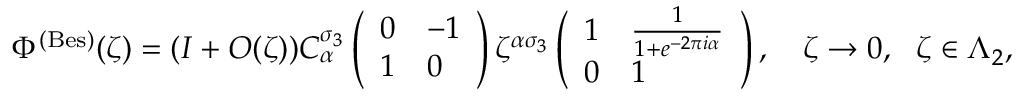
\Phi ^ { \mathrm { ( B e s ) } } ( \zeta ) = ( I + O ( \zeta ) ) C _ { \alpha } ^ { \sigma _ { 3 } } \left( \begin{array} { l l } { 0 } & { - 1 } \\ { 1 } & { 0 } \end{array} \right) \zeta ^ { \alpha \sigma _ { 3 } } \left( \begin{array} { l l } { 1 } & { \frac { 1 } { 1 + e ^ { - 2 \pi i \alpha } } } \\ { 0 } & { 1 } \end{array} \right) , \quad \zeta \to 0 , ~ ~ \zeta \in \Lambda _ { 2 } ,